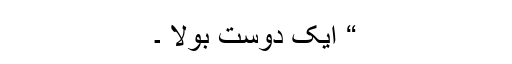
“ ایک دوست بولا ۔